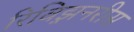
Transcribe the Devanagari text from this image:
रिविझ़नरीस